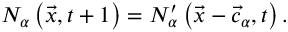
N _ { \alpha } \left( \vec { x } , t + 1 \right) = N _ { \alpha } ^ { \prime } \left( \vec { x } - \vec { c } _ { \alpha } , t \right) .